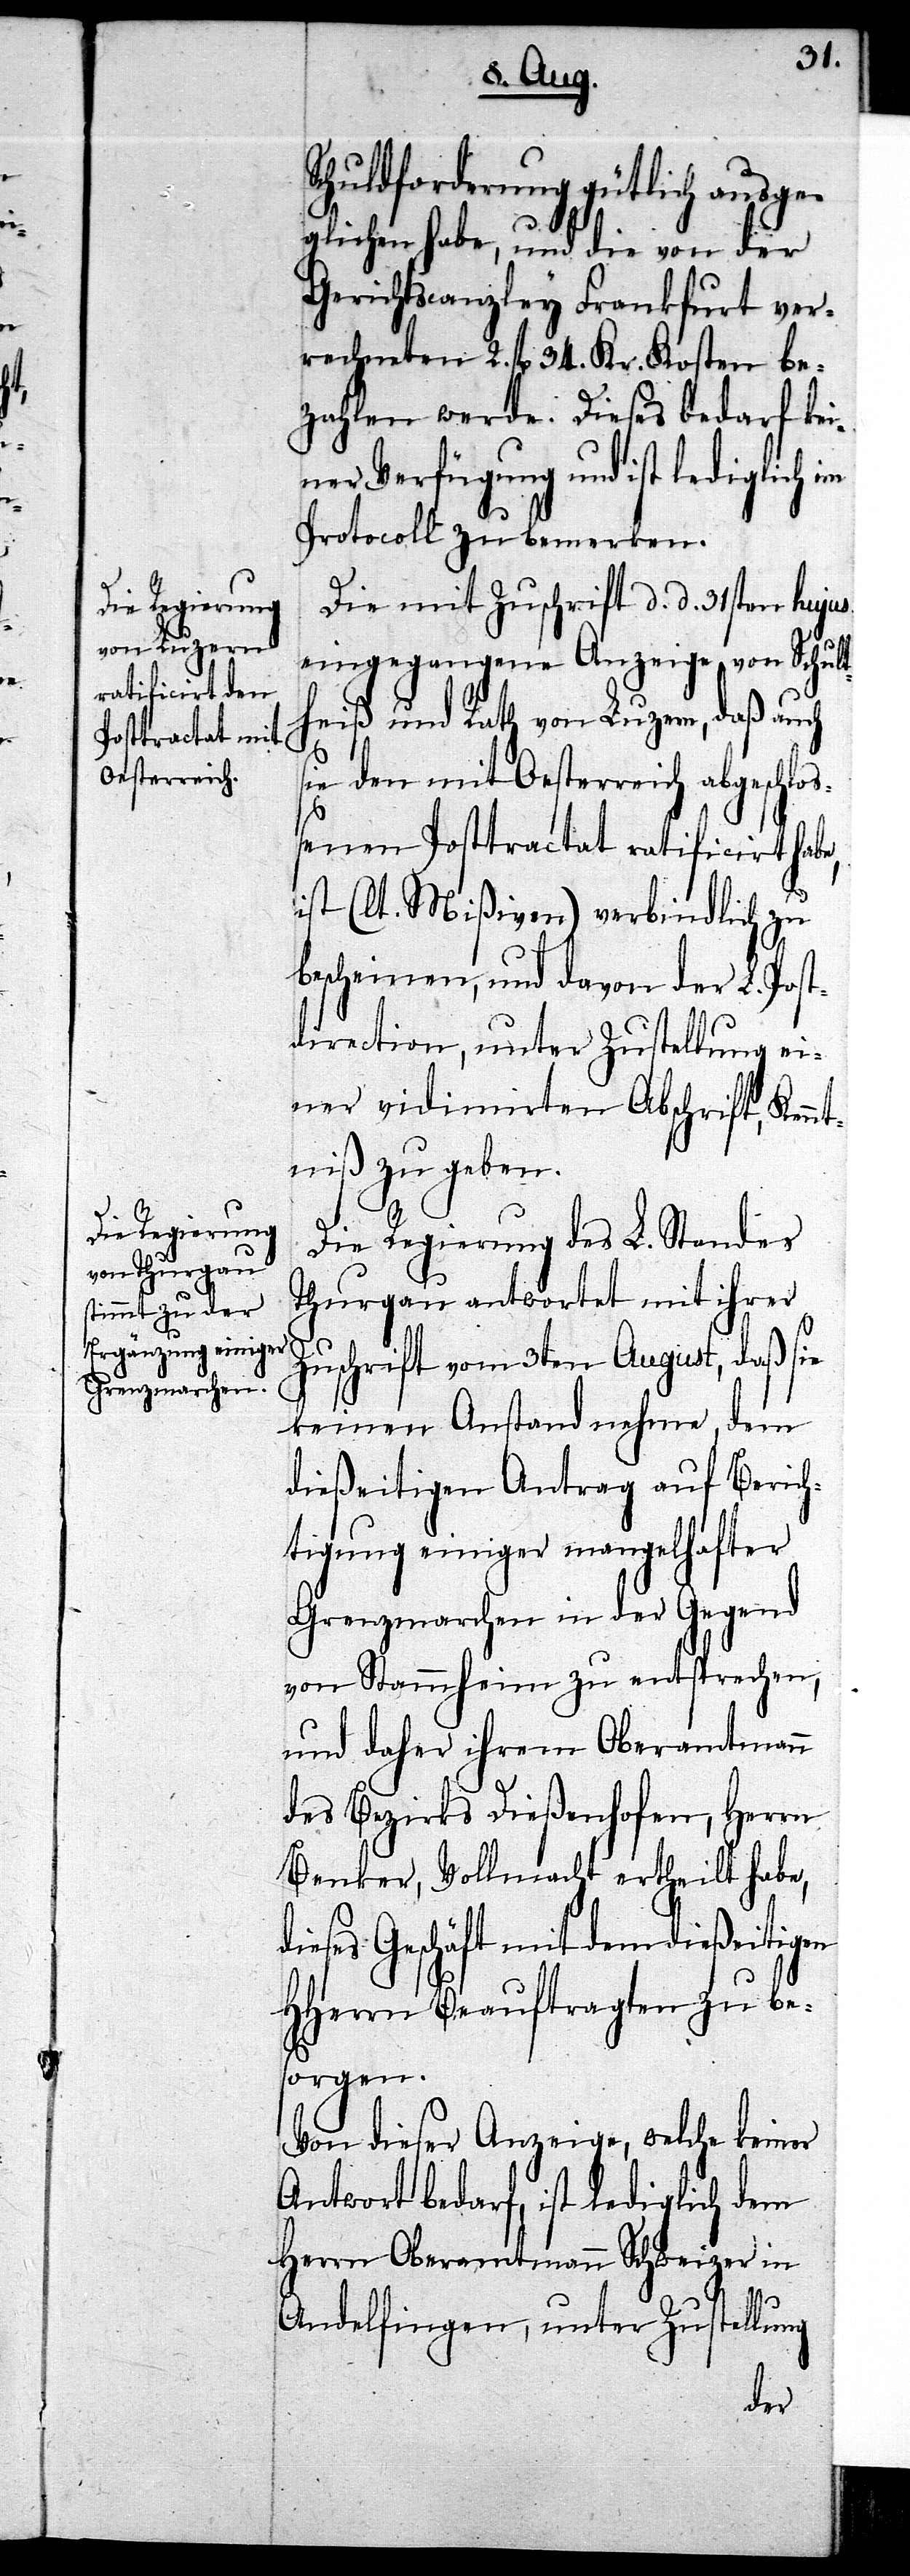
Schuldforderung gütlich ausge¬
glichen habe, und die von der
Gerichtscanzley Frankfurt ver¬
rechneten 2. fl 34. Kr. Kosten be¬
zahlen werde. Dieses bedarf kei¬
ner Verfügung und ist lediglich im
Protocoll zu bemerken.
Die mit Zuschrift d. d. 31sten hujus
eingegangene Anzeige von Schult¬
heiß und Rath von Luzern, daß auch
sie den mit Oesterreich abgeschlo¬
ßenen Posttractat ratificirt habe,
ist (lt. Mißiven) verbindlich zu
bescheinen, und davon der L. Post¬
direction, unter Zustellung ei¬
ner vidimirten Abschrift, Kenn¬
tniß zu geben.
Die Regierung des L. Standes
Thurgau antwortet mit ihrer
Zuschrift vom 3ten August, daß sie
keinen Anstand nehme, dem
dießeitigen Antrag auf Beric¬
htigung einiger mangelhafter
Grenzmarchen in der Gegend
von Stammheim zu entsprechen,
und daher ihrem Oberamtmann
des Bezirks Dießenhofen, Herrn
Benker, Vollmacht ertheilt habe,
dieses Geschäft mit dem dießeitigen
HHerrn Beauftragten zu be¬
sorgen.
Von dieser Anzeige, welche keiner
Antwort bedarf, ist lediglich dem
Herrn Oberamtmann Schweizer in
Andelfingen, unter Zustellung